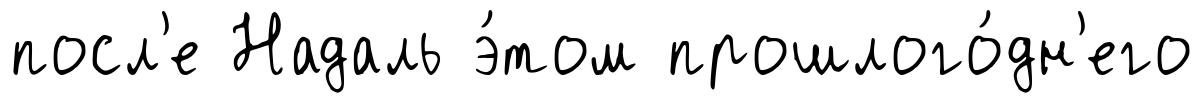
посл'е Надаль э́том прошлого́дн'его